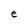
Character: e